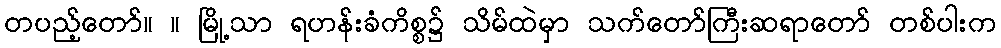
တပည့်တော်။ ။ မြို့သာ ရဟန်းခံကိစ္စ၌ သိမ်ထဲမှာ သက်တော်ကြီးဆရာတော် တစ်ပါးက